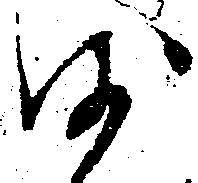
沙